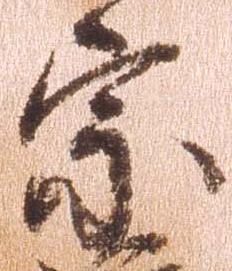
宗